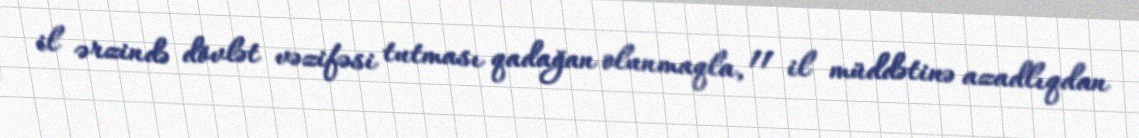
il ərzində dövlət vəzifəsi tutması qadağan olunmaqla, 11 il müddətinə azadlıqdan